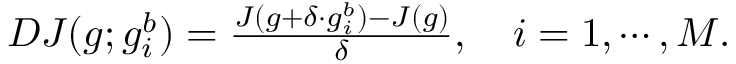
\begin{array} { r } { D J ( g ; g _ { i } ^ { b } ) = \frac { J ( g + \delta \cdot g _ { i } ^ { b } ) - J ( g ) } { \delta } , \quad i = 1 , \cdots , M . } \end{array}